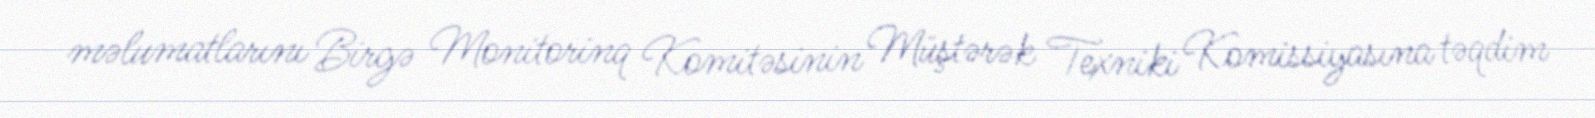
məlumatlarını Birgə Monitorinq Komitəsinin Müştərək Texniki Komissiyasına təqdim